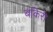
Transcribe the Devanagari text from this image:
बकिरी